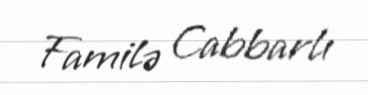
Familə Cabbarlı